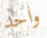
واحد